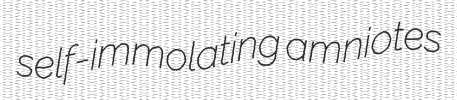
self-immolating amniotes